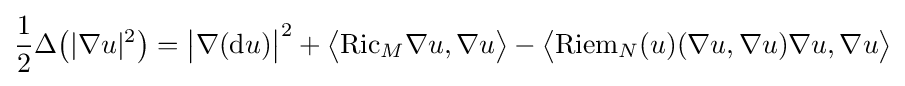
{\frac {1}{2}}\Delta {\big (}|\nabla u|^{2}{\big )}={\big |}\nabla (\mathrm {d} u){\big |}^{2}+{\big \langle }\mathrm {Ric} _{M}\nabla u,\nabla u{\big \rangle }-{\big \langle }\mathrm {Riem} _{N}(u)(\nabla u,\nabla u)\nabla u,\nabla u{\big \rangle }